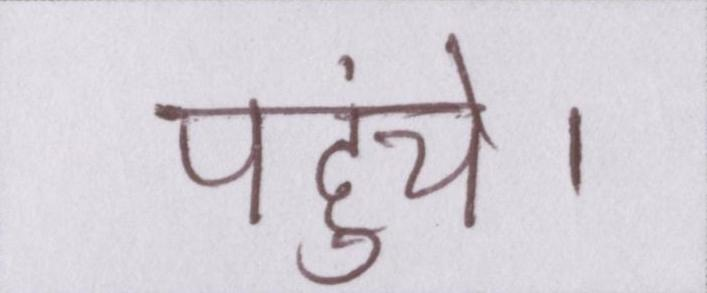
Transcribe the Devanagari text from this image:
पहुंचे।